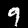
Label: 9